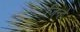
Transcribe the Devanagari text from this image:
जिन्हेें